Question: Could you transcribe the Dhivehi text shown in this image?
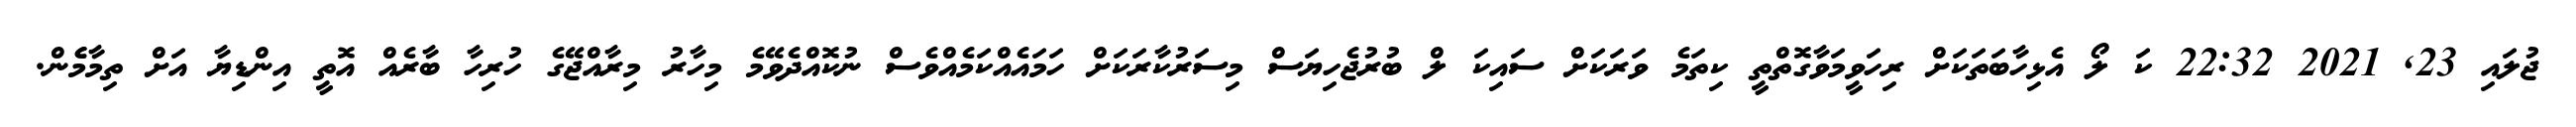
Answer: ޖުލައި 23, 2021 22:32 ކަ ލޯ އެޅިހާބަތަކަށް ރިހަވީމަވާގޮތްތީ ކިތަމެ ވަރަކަށް ސައިކަ ލް ބުރުޖެހިޔަސް މިސަރުކާރަކަށް ހަމައެއްކަމެއްވެސް ނުކޮއްދެވޭމެ މިހާރު މިރާއްޖޭގެ ހުރިހާ ބާރެއް އޮތީ އިންޑިޔާ އަށް ތިމާމެެން.